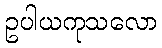
ဥပါယကုသလော